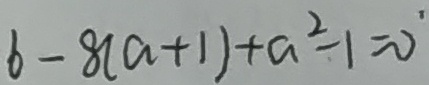
b - 8 ( a + 1 ) + a ^ { 2 } - 1 = 0